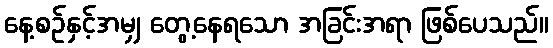
နေ့စဉ်နှင့်အမျှ တွေ့နေရသော အခြင်းအရာ ဖြစ်ပေသည်။